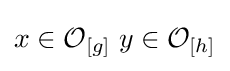
x\in {\mathcal {O}}_{[g]}\;y\in {\mathcal {O}}_{[h]}